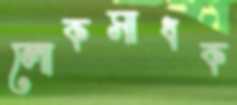
লোকসাধক